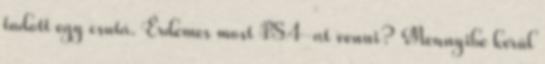
tudott egy csutá. Érdemes most PS4-at venni? Mennyibe kerül